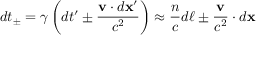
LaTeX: d t _ { \pm } = \gamma \left( d t ^ { \prime } \pm { \frac { \mathbf { v } \cdot d \mathbf { x } ^ { \prime } } { c ^ { 2 } } } \right) \approx { \frac { n } { c } } d \ell \pm { \frac { \mathbf { v } } { c ^ { 2 } } } \cdot d \mathbf { x }